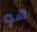
هو